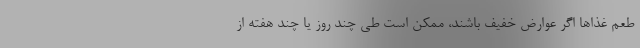
طعم غذاها اگر عوارض خفیف باشند، ممکن است طی چند روز یا چند هفته از